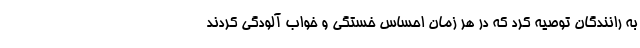
به رانندگان توصیه کرد که در هر زمان احساس خستگی و خواب آلودگی کردند